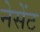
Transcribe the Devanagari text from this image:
नेसेंट